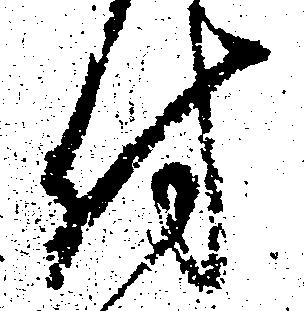
付